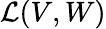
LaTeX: \mathcal{L}(V,W)